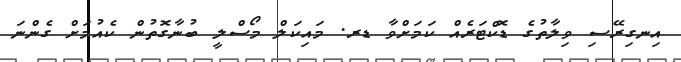
އިނގިރޭސި ވިލާތުގެ ޑޮކްޓަރެއް ކަމަށްވާ ޑރ. މައިކަލް މޯސްލީ ބުނާގޮތުން ކެއުމަށް ގެންނަ